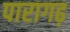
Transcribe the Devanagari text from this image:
पारागढ़